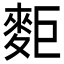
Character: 𪌖